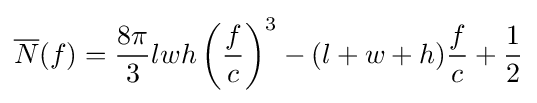
{\overline {N}}(f)={\frac {8\pi }{3}}lwh\left({\frac {f}{c}}\right)^{3}-(l+w+h){\frac {f}{c}}+{\frac {1}{2}}